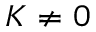
K \neq 0